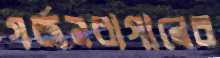
গর্জনবাগানের